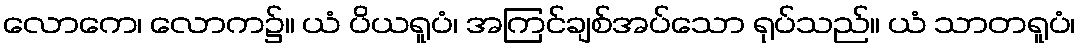
လောကေ၊ လောက၌။ ယံ ပိယရူပံ၊ အကြင်ချစ်အပ်သော ရုပ်သည်။ ယံ သာတရူပံ၊